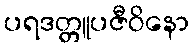
ပရဒတ္တူပဇီဝိနော